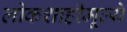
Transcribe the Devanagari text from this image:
लोकशाहीमूल्ये